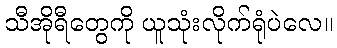
သီအိုရီတွေကို ယူသုံးလိုက်ရုံပဲလေ။